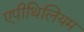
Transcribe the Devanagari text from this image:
एपीथिलियम